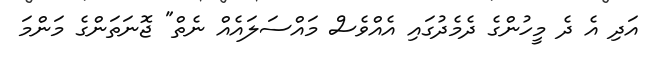
އަދި އެ ދެ މީހުންގެ ދެމެދުގައި އެއްވެސް މައްސަލައެއް ނެތް" ޖޮނަތަންގެ މަންމަ